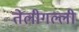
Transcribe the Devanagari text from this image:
तेलीगल्ली